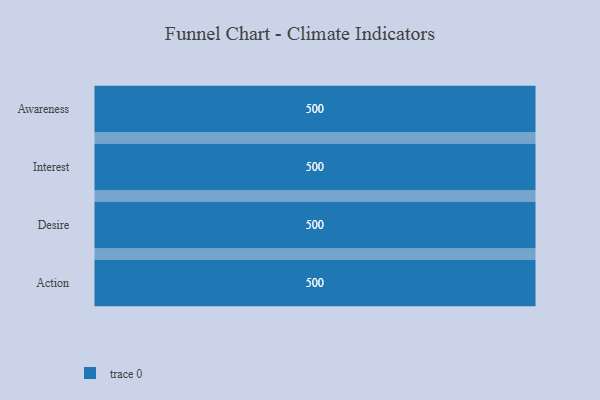
{"axis": {"x": "Stage", "y": "Value"}, "legend": [""], "data": [{"x": "Awareness", "y": 500, "type": ""}, {"x": "Interest", "y": 500, "type": ""}, {"x": "Desire", "y": 500, "type": ""}, {"x": "Action", "y": 500, "type": ""}]}